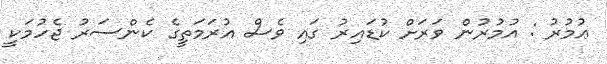
ޢުމުރު : އުމުރުން ވަރަށް ކުޑައިރު ގައި ވެސް އުރަމަތީގެ ކެންސަރު ޖެހުމަކީ